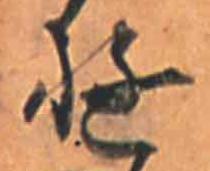
ゆ